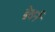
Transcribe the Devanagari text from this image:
ब्रेथर्न